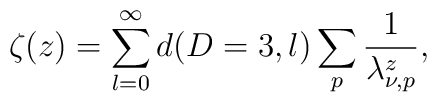
\zeta (z) = \sum_{\l=0}^{\infty} d(D=3,l)\sum_p \frac{1}{\lambda_{\nu,p}^z},